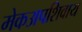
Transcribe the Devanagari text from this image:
मेकअपशिवाय